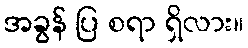
အခွန် ပြ စရာ ရှိလား။